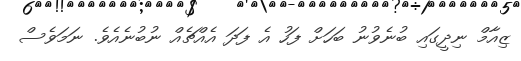
ޒިއާމް ނިދީގައި ބުނެވުނު ބަހަށް ފަހު އެ ފަދަ އެއްޗެއް ނުބުނެއެވެ. ނަމަވެސް